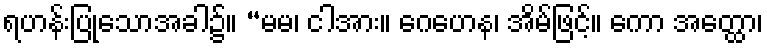
ရဟန်းပြုသောအခါ၌။ “မမ၊ ငါအား။ ဂေဟေန၊ အိမ်ဖြင့်။ ကော အတ္ထော၊